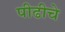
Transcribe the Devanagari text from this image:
पीढीचे